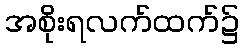
အစိုးရလက်ထက်၌